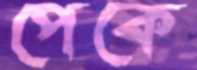
পেকে